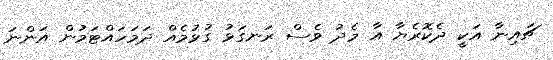
ޗައިނާ އަކީ ދެކޮރެޔާ އާ މެދު ވެސް ރަނގަޅު ގުޅުމެއް ދަމަހައްޓަމުން އަންނަ